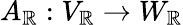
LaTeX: A_{\mathbb{R}}:V_{\mathbb{R}}\to W_{\mathbb{R}}